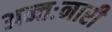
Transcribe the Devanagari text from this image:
अन्तःनारी